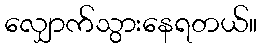
လျှောက်သွားနေရတယ်။